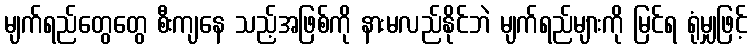
မျက်ရည်တွေတွေ စီးကျနေ သည့်အဖြစ်ကို နားမလည်နိုင်ဘဲ မျက်ရည်များကို မြင်ရ ရုံမျှဖြင့်